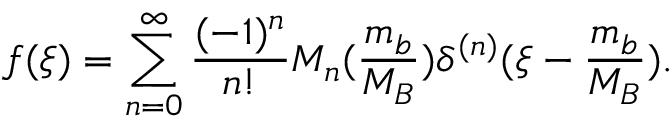
f ( \xi ) = \sum _ { n = 0 } ^ { \infty } \frac { ( - 1 ) ^ { n } } { n ! } M _ { n } ( \frac { m _ { b } } { M _ { B } } ) \delta ^ { ( n ) } ( \xi - \frac { m _ { b } } { M _ { B } } ) .